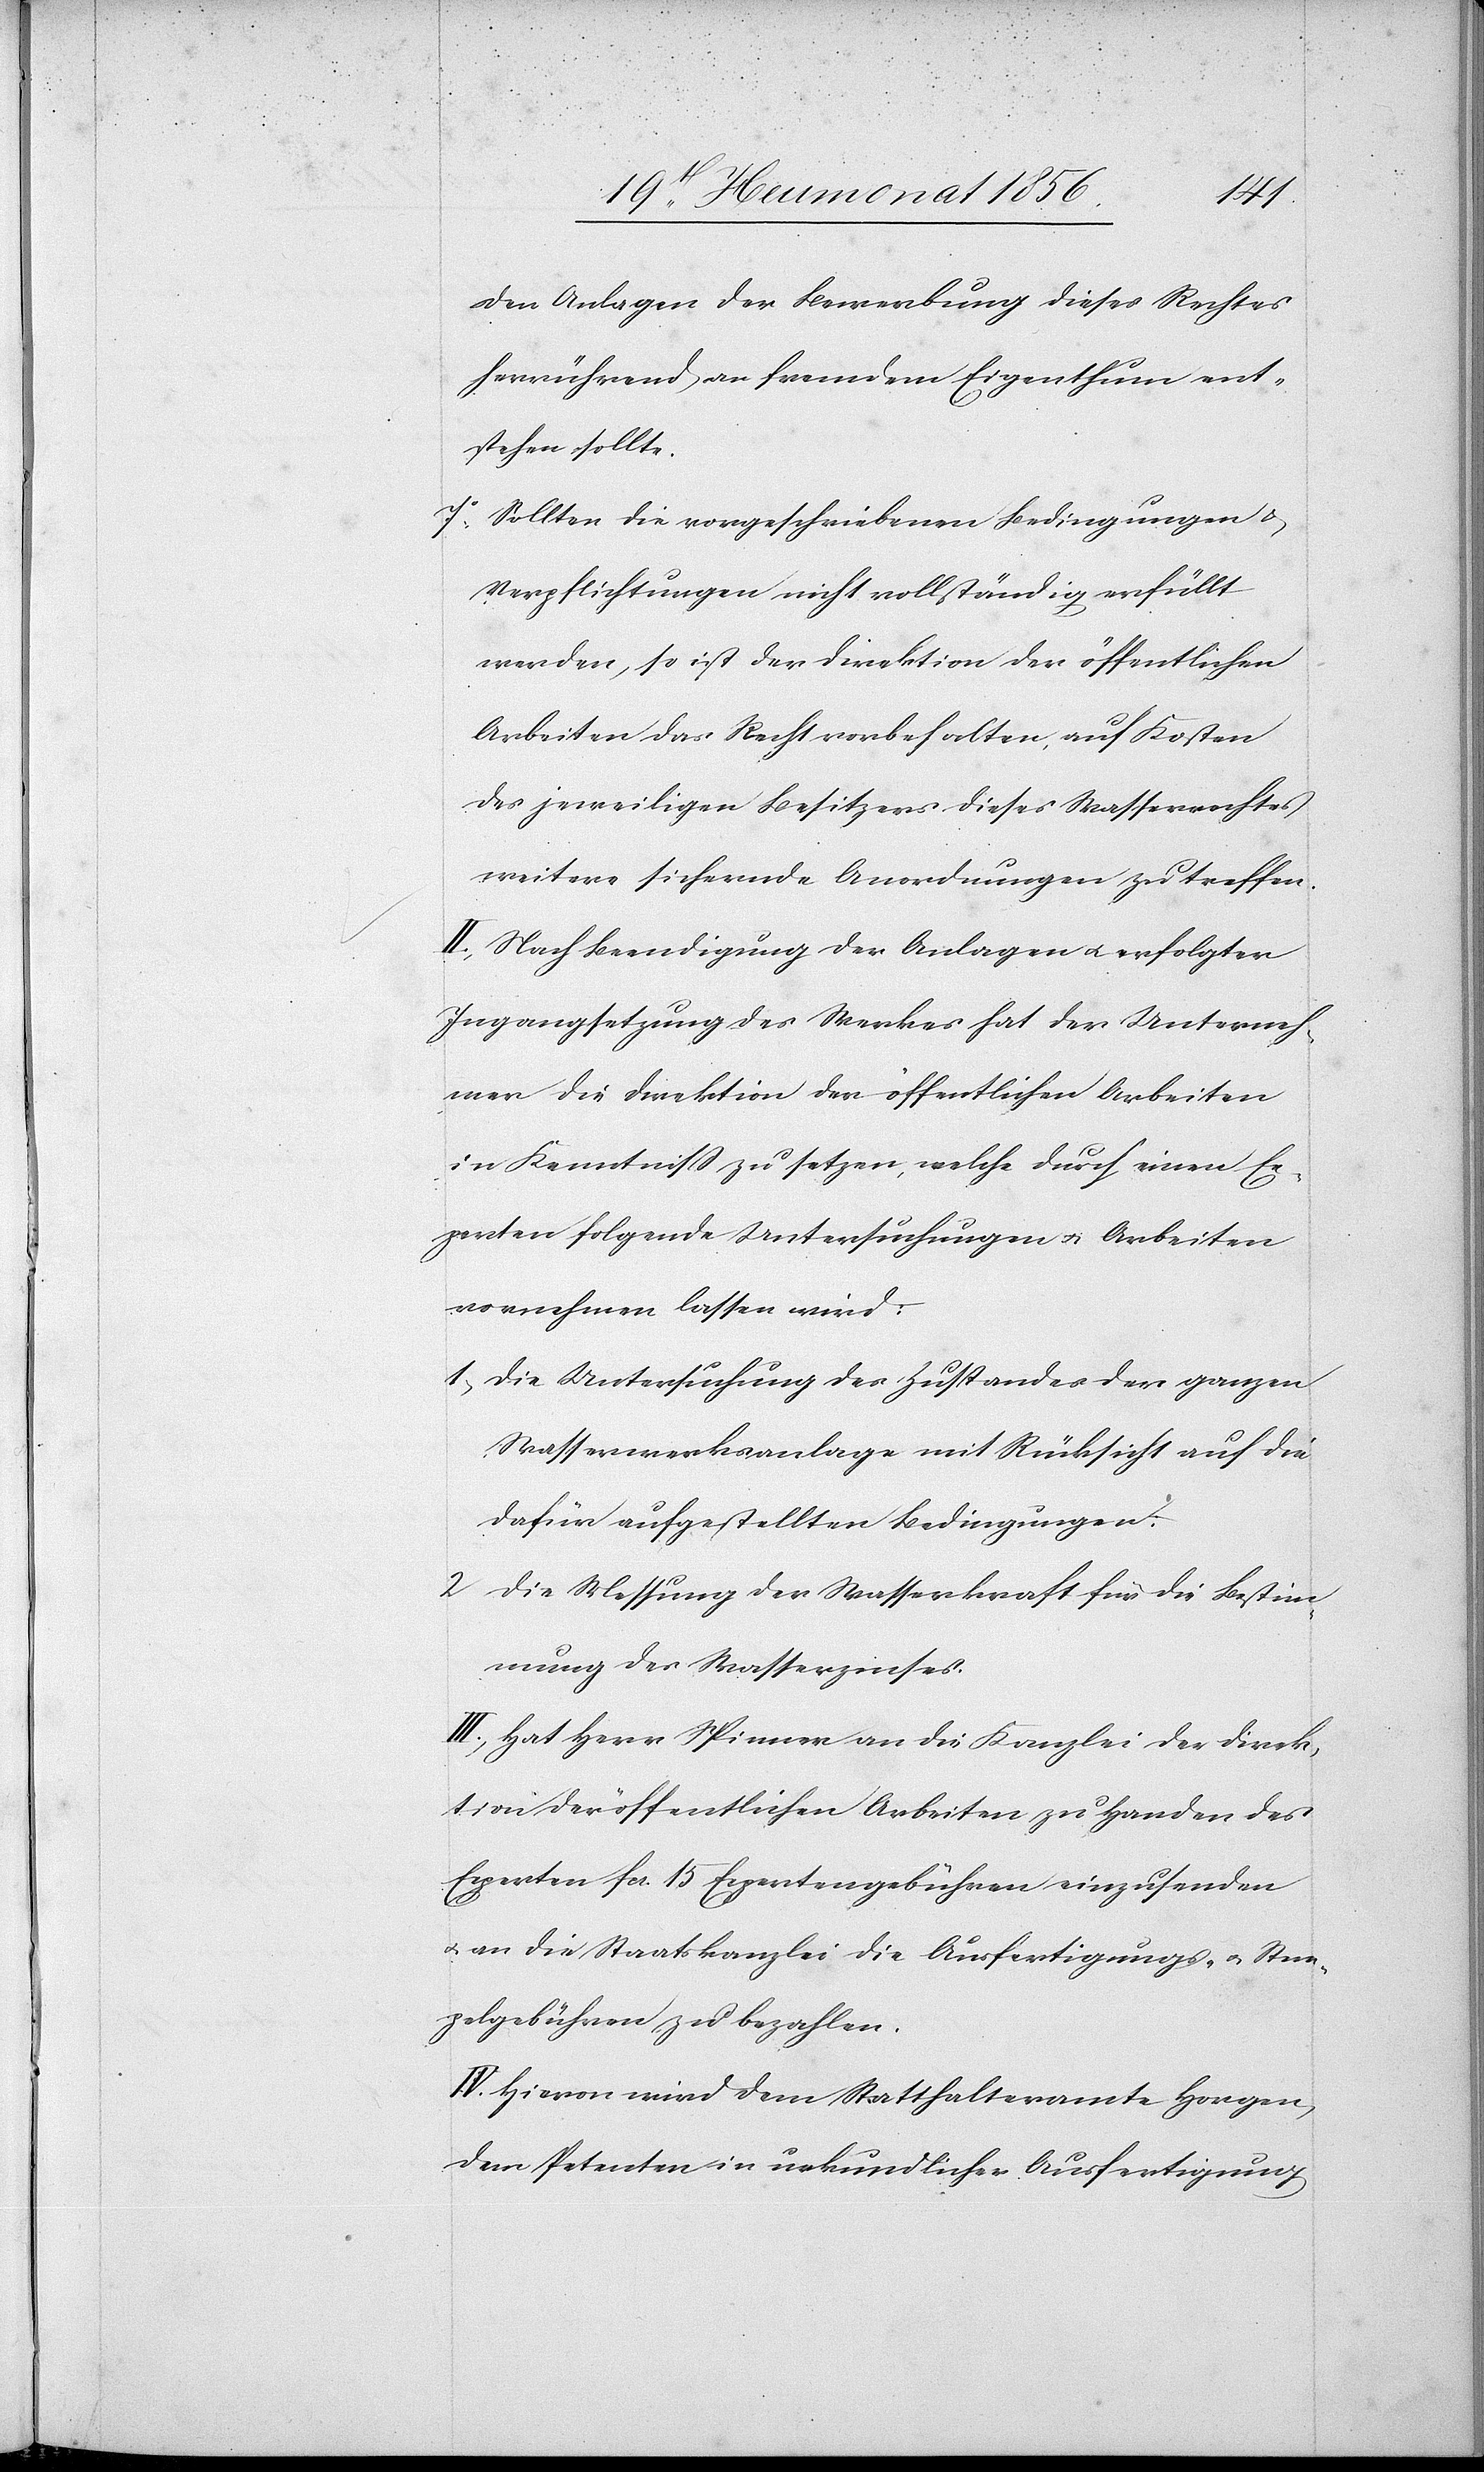
den Anlagen der Bewerbung dieses Rechtes
herrührend an fremdem Eigenthum ent¬
stehen sollte.
7. Sollten die vorgeschriebenen Bedingungen &
Verpflichtungen nicht vollständig erfüllt
werden, so ist der Direktion der öffentlichen
Arbeiten das Recht vorbehalten, auf Kosten
des jeweiligen Besitzers dieses Wasserrechtes
weitere sichernde Anordnungen zu treffen.
II.) Nach Beendigung der Anlagen u. erfolgter
Ingangsetzung des Werkes hat der Unterneh¬
mer die Direktion der öffentlichen Arbeiten
in Kenntniss zu setzen, welche durch einen Ex¬
perten folgende Untersuchungen u. Arbeiten
vornehmen lassen wird:
1) Die Untersuchung des Zustandes der ganzen
Wasserwerksanlage mit Rücksicht auf die
dafür aufgestellten Bedingungen.
2) Die Messung der Wasserkraft für die Bestim¬
mung des Wasserzinses.
III.) Hat Herr Spinner an die Kanzlei der Direk¬
tion der öffentlichen Arbeiten zu Handen des
Experten fcs. 15 Expertengebühren einzusenden
u. an die Staatskanzlei die Ausfertigungs- u. Stem¬
pelgebühren zu bezahlen.
IV.) Hievon wird dem Statthalteramte Horgen,
dem Petenten in urkundlicher Ausfertigung